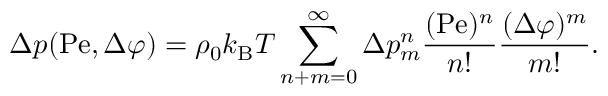
\Delta p ( \mathrm { P e } , \Delta \varphi ) = \rho _ { 0 } k _ { \mathrm { B } } T \sum _ { n + m = 0 } ^ { \infty } \Delta p _ { m } ^ { n } \frac { ( \mathrm { P e } ) ^ { n } } { n ! } \frac { ( \Delta \varphi ) ^ { m } } { m ! } .